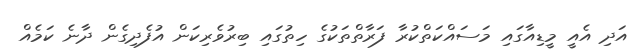
އަދި އެއީ މީޑިއާގައި މަސައްކަތްކުރާ ފަރާތްތަކުގެ ހިތުގައި ބިރުވެރިކަން އުފެދިގެން ދާނެ ކަމެއް